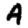
Digit: 4